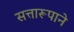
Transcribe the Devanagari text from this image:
सत्तारूपाने